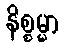
နိစ္စမ္မာ